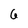
Character: 6